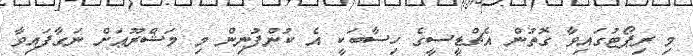
މި ރިޕޯޓުގައިވާ ގޮތުން އެޗްޑީސީގެ ހިސާބަކީ އެ ކުންފުނިން މި މަޝްރޫޢަށް ނަގާފައިވާ